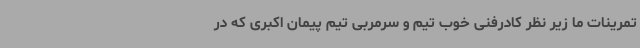
تمرینات ما زیر نظر کادرفنی خوب تیم و سرمربی تیم پیمان اکبری که در